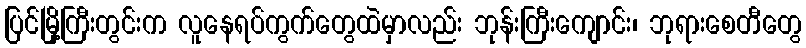
ပြင်မြို့ကြီးတွင်းက လူနေရပ်ကွက်တွေထဲမှာလည်း ဘုန်းကြီးကျောင်း၊ ဘုရားစေတီတွေ